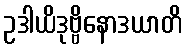
ဥဒါယိဒုဗ္ဗိနောဒယာတိ